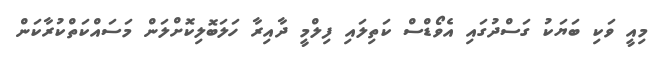
މިއީ ވަކި ބަޔަކު ގަސްދުގައި އެވޯޑްސް ކަތިލައި ފިލްމީ ދާއިރާ ހަލަބޮލިކޮށްލަން މަސައްކަތްކުރާކަން